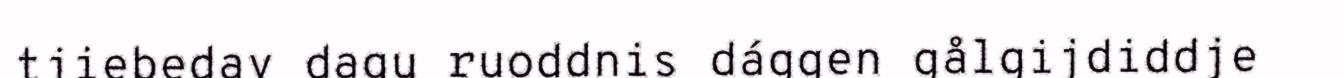
tjiebedav dagu ruoddnis dággen gålgijdiddje